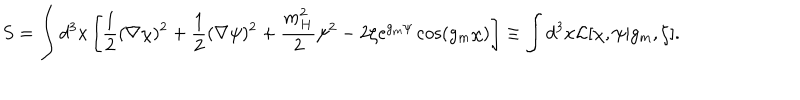
S = \int d ^ { 3 } x \left[ \frac 1 2 ( \nabla \chi ) ^ { 2 } + \frac 1 2 ( \nabla \psi ) ^ { 2 } + \frac { m _ { H } ^ { 2 } } { 2 } \psi ^ { 2 } - 2 \zeta \mathrm { e } ^ { g _ { m } \psi } \cos ( g _ { m } \chi ) \right] \equiv \int d ^ { 3 } x { \cal L } [ \chi , \psi | g _ { m } , \zeta ] .